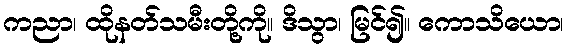
ကညာ၊ ထိုနတ်သမီးတို့ကို။ ဒိသွာ၊ မြင်၍။ ကောသိယော၊